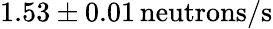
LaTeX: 1.53\pm 0.01\, \mathrm{neutrons/s}